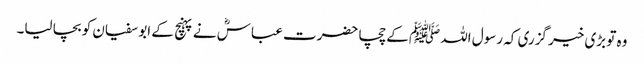
وہ تو بڑی خیر گزری کہ رسول اللہ ﷺ کے چچا حضرت عباسؓ نے پہنچ کے ابو سفیان کو بچا لیا۔